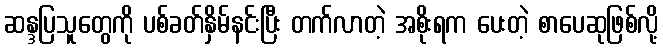
ဆန္ဒပြသူတွေကို ပစ်ခတ်နှိမ်နင်းပြီး တက်လာတဲ့ အစိုးရက ပေးတဲ့ စာပေဆုဖြစ်လို့